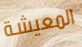
المعيشة